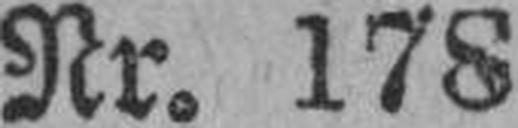
Nr. 178